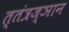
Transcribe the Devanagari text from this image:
त्तंत्रज्ञान